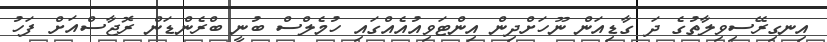
އިނގިރޭސިވިލާތުގެ ދަ ގާޑިއަން ނޫހަށްދިން އިންޓަވިއުއެއްގައި ހުމެލްސް ބުނީ ބްރެންޑަން ރޮޖާސްއަށް ފަހު